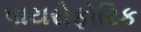
પાયરોફોરિક